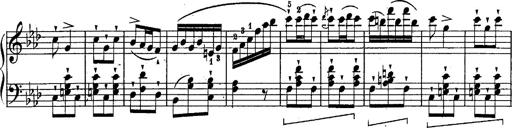
Title: Schubert's Impromptus [revised and edited by Franz Liszt]
Composer: Franz Liszt